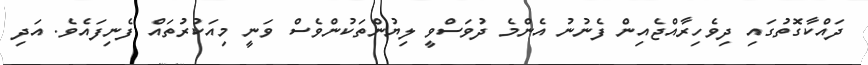
ދައްކާގޮތުގައި ދިވެހިރާއްޖެއިން ފެނުނު އެންމެ ދުވަސްވީ ލިޔުންތަކުންވެސް ވަނީ މިއަކުރުތައް ފެނިފައެވެ. އަދި